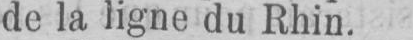
de la ligne du Rhin.